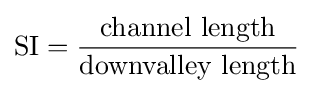
{\text{SI}}={\frac {\text{channel length}}{\text{downvalley length}}}